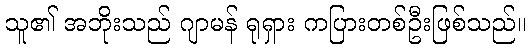
သူ၏ အဘိုးသည် ဂျာမန် ရုရှား ကပြားတစ်ဦးဖြစ်သည်။